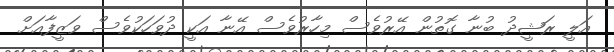
އަލީ ރަޝީދު ބުނާ ގޮތުން އޭރުވެސް މިހާރުވެސް އޭނާ އަކީ ދުވަހަކުވެސް ވަޒީފާއަށް